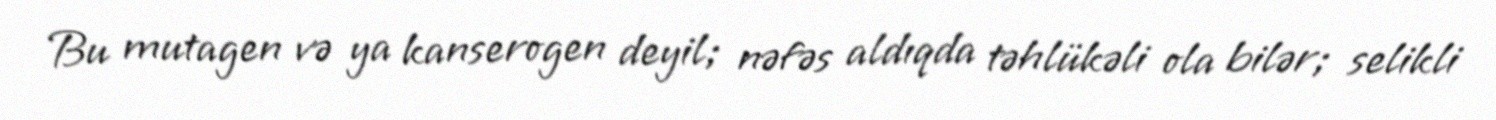
Bu mutagen və ya kanserogen deyil; nəfəs aldıqda təhlükəli ola bilər; selikli